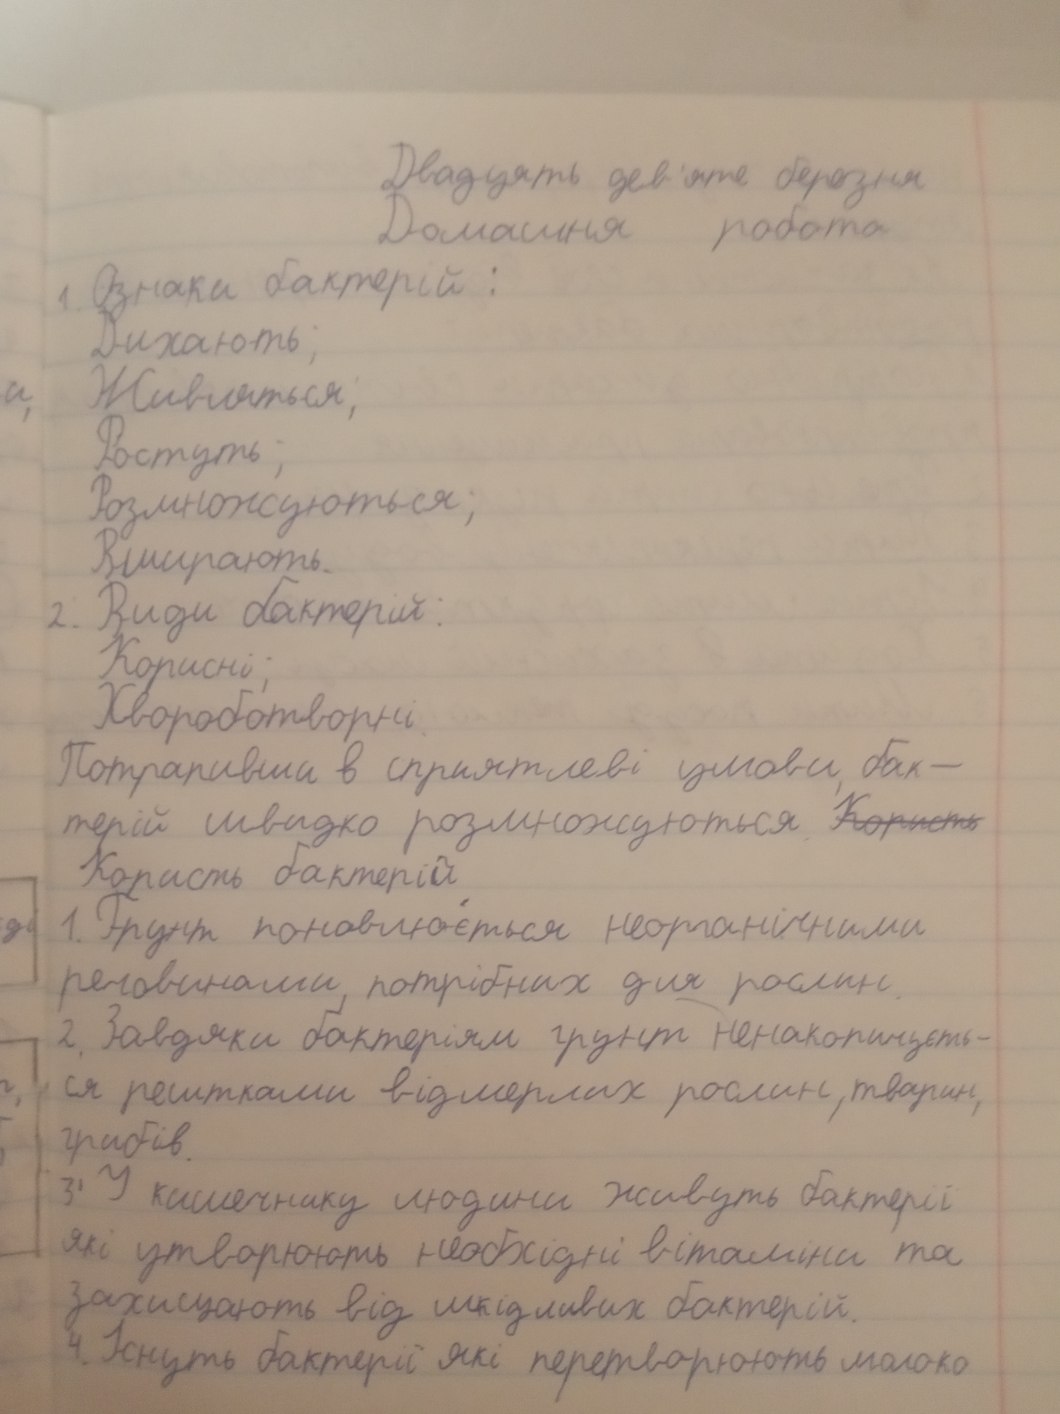
Двадцять дев'яте березня
Домашня робота
1. Ознаки бактерій:
Дихають;
Живляться;
Ростуть;
Розмножуються;
Вимирають.
2. Види бактерій:
Корисні;
Хвороботворні.
Потрапивши в сприятливі умови, бак-
терій швидко розмножуються. ~~Користь~~
Користь бактерій
1. Грунт поновлюється неорганічними
речовинами, потрібних для рослин.
2. Завдяки бактеріям грунт ненакопичуєть-
ся рештками відмерлих рослин, тварин,
грибів.
3. У кишечнику людини живуть бактерії
які утворюють необхідні вітаміни та
захищають від шкідливих бактерій.
4. Існують бактерії які перетворюють молоко